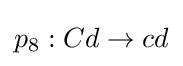
p_{8}:Cd\rightarrow cd